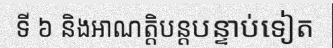
ទី ៦ និងអាណត្តិបន្តបន្ទាប់ទៀត